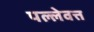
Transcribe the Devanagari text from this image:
पल्लेवत्त